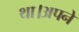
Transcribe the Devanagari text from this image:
था।अपने